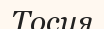
Тосия